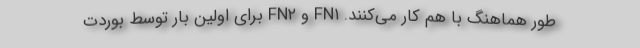
طور هماهنگ با هم کار می‌کنند. FN۱ و FN۲ برای اولین بار توسط بوردت